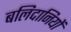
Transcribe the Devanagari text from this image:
बलिदानियों